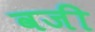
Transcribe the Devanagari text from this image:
वजी